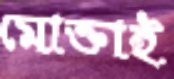
মোক্তাই